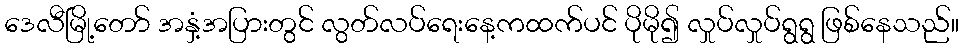
ဒေလီမြို့တော် အနှံ့အပြားတွင် လွတ်လပ်ရေးနေ့ကထက်ပင် ပိုမို၍ လှုပ်လှုပ်ရွရွ ဖြစ်နေသည်။